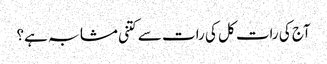
آج کی رات کل کی رات سے کتنی مشابہ ہے؟